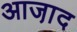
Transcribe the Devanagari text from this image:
आजा़द